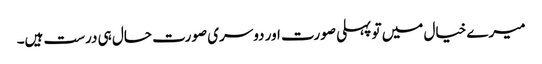
میرے خیال میں تو پہلی صورت اور دوسری صورت حال ہی درست ہیں۔